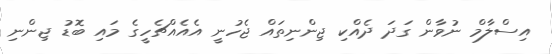
އިސްލާމް ނުވާން ގަދަ ދެއްކި ޖިންނިތައް ޖެހުނީ އެއެއްޗެހީގެ މައި ބޮޑު ޖިންނި